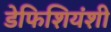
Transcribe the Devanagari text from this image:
डेफिशियंशी